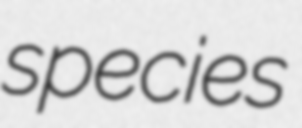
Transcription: species